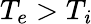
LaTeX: T_{e}>T_{\mathit{i}}